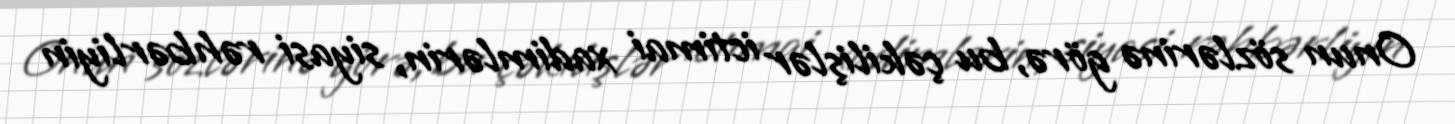
Onun sözlərinə görə, bu çəkilişlər ictimai xadimlərin, siyasi rəhbərliyin